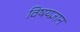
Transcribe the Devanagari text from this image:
विषयज्ञान